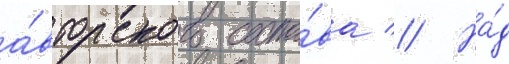
а́вторского соста́ва // На́д